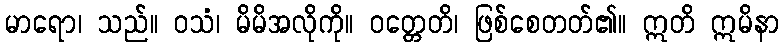
မာရော၊ သည်။ ဝသံ၊ မိမိအလိုကို။ ဝတ္တေတိ၊ ဖြစ်စေတတ်၏။ ဣတိ ဣမိနာ